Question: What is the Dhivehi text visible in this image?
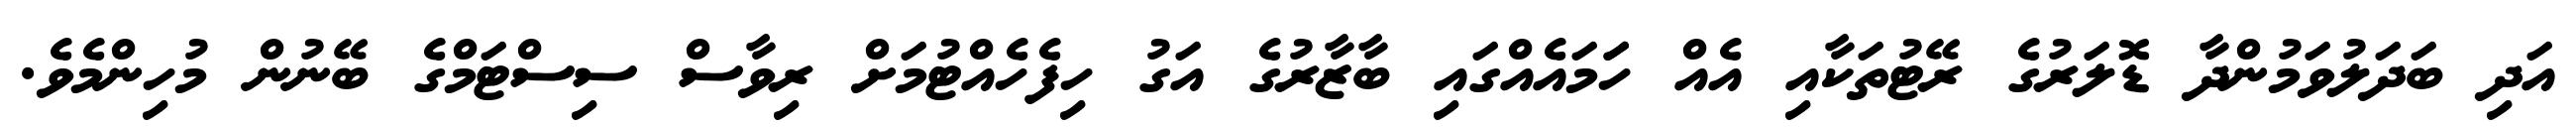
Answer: އަދި ބަދަލުވަމުންދާ ޑޮލަރުގެ ރޭޓުތަކާއި އެއް ހަަމައެއްގައި ބާޒާރުގެ އަގު ހިފެހެއްޓުމަށް ރިވާސް ސިސްޓަމްގެ ބޭނުން މުހިންމެވެ.